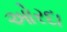
ઓરદા